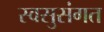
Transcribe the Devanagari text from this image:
स्वसुसंगत